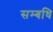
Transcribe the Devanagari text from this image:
सम्बधि